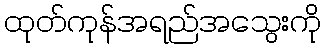
ထုတ်ကုန်အရည်အသွေးကို